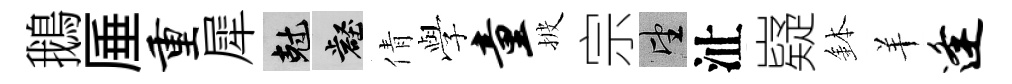
鵝厜重犀剋壑倩𫝯童披宗望沚嶷鉢羊逢